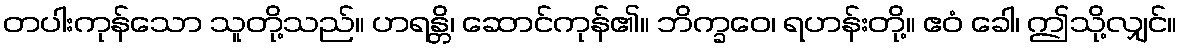
တပါးကုန်သော သူတို့သည်။ ဟရန္တိ၊ ဆောင်ကုန်၏။ ဘိက္ခဝေ၊ ရဟန်းတို့။ ဧဝံ ခေါ၊ ဤသို့လျှင်။